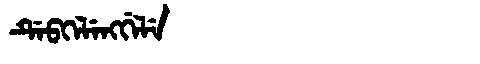
Manchu: ᡩᡝᠪᡴᡝᠯᡝᠩᡤᡝᠯᡝ
Romanization: DEBKELENGGELE